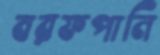
বরফপানি